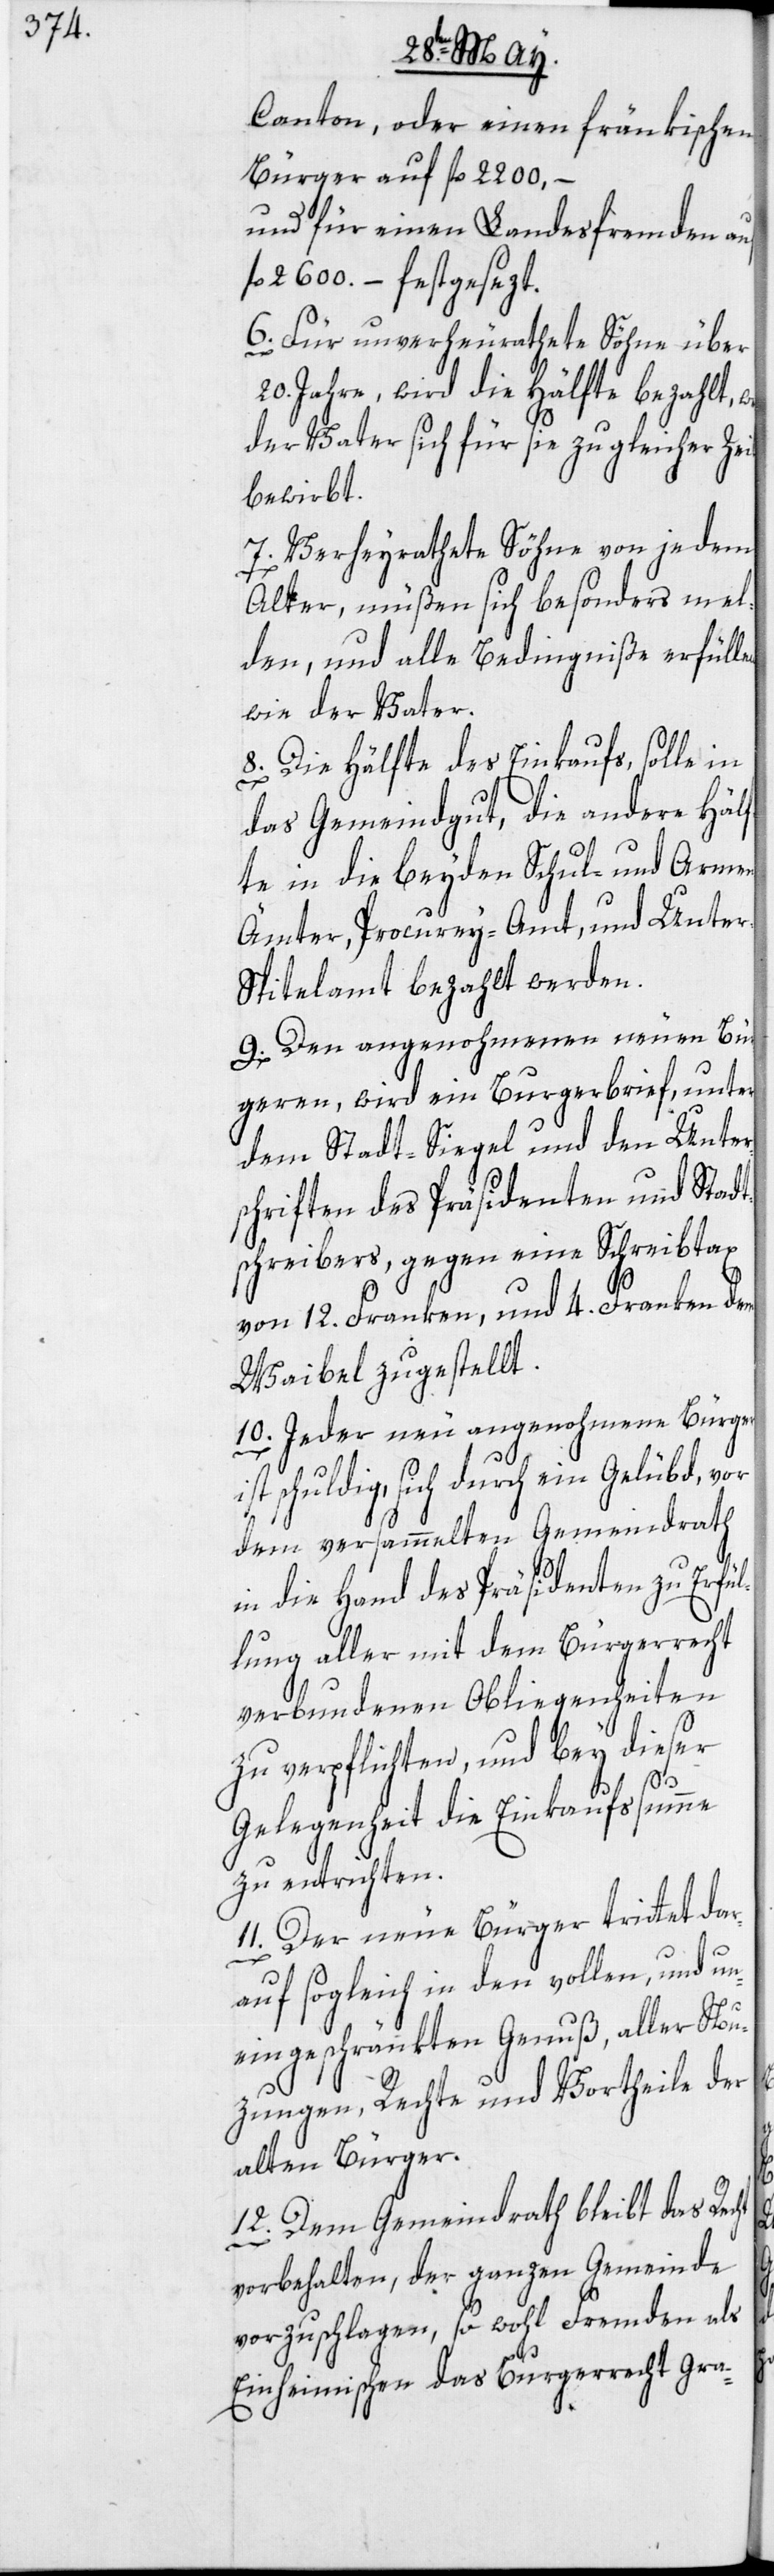
Canton, oder einen fränkischen
Bürger auf fl. 2200, –
und für einen Landesfremden auf
fl. 2600. – festgesezt.
6. Für unverheurathete Söhne über
20. Jahre, wird die Hälfte bezahlt,
der Vater sich für sie zu gleicher Ze¬
bewirbt.
7. Verheyrathete Söhne von jedem
Alter, müßen sich besonders mel¬
den, und alle Bedingniße erfüllen
wie der Vater.
8. Die Hälfte des Einkaufs, solle in
das Gemeindgut, die andere Häl¬
fte in die beyden Schul- und Armen-Ä¬
mter, Procurey-Amt, und Unte¬
r-Spitelamt bezahlt werden.
9. Den angenohmenen neuen Bür¬
geren, wird ein Burgerbrief, unter
dem Stadt-Siegel und den Unter¬
schriften des Präsidenten und Stadt¬
schreibers, gegen eine Schreibtax
von 12. Franken, und 4. Franken dem
Waibel zugestellt.
10. Jeder neu angenohmene Bürger
ist schuldig, sich durch ein Gelübd, vor
dem versammelten Gemeindrath
in die Hand des Präsidenten zu Erfül¬
lung aller mit dem Bürgerrecht
verbundenen Obliegenheiten
zu verpflichten, und bey dieser
it
Gelegenheit die Einkaufssumme
zu entrichten.
11. Der neue Bürger trittet dar¬
auf sogleich in den vollen, und un¬
eingeschränkten Genuß, aller Nu¬
zungen, Rechte und Vortheile der
alten Bürger.
12. Dem Gemeindrath bleibt das Recht
vorbehalten, der ganzen Gemeinde
vorzuschlagen, so wohl Fremden als
Einheimischen das Burgerrecht gra-